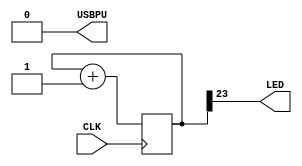
// This program was cloned from: https://github.com/FPGAwars/apio-examples
// License: GNU General Public License v2.0

///////////////////////////////////////////////////////////////////////////////
///////////////////////////////////////////////////////////////////////////////
///
/// Top-Level Verilog Module
///
/// Only include pins the design is actually using.  Make sure that the pin is
/// given the correct direction: input vs. output vs. inout
///
///////////////////////////////////////////////////////////////////////////////
///////////////////////////////////////////////////////////////////////////////
module TinyFPGA_B (
  input CLK,    // 16MHz clock
  output LED,   // User/boot LED next to power LED
  output USBPU  // USB pull-up resistor
);
  reg [23:0] counter;
  always @(posedge CLK) counter <= counter + 1;

  // drive USB pull-up resistor to '0' to disable USB
  assign USBPU = 0;

  assign LED = counter[23];

endmodule